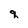
Character: q